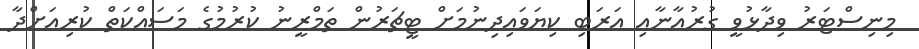
މިނިސްޓަރު ވިދާޅުވީ ގުރުއާނާއި އަރަބި ކިޔަވައިދިނުމަށް ޓީޗަރުން ތަމްރީނު ކުރުމުގެ މަސައްކަތް ކުރިއަށްދާ